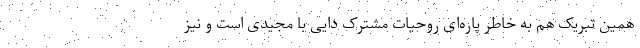
همین تبریک هم به خاطر پاره‌ای روحیات مشترک دایی با مجیدی است و نیز